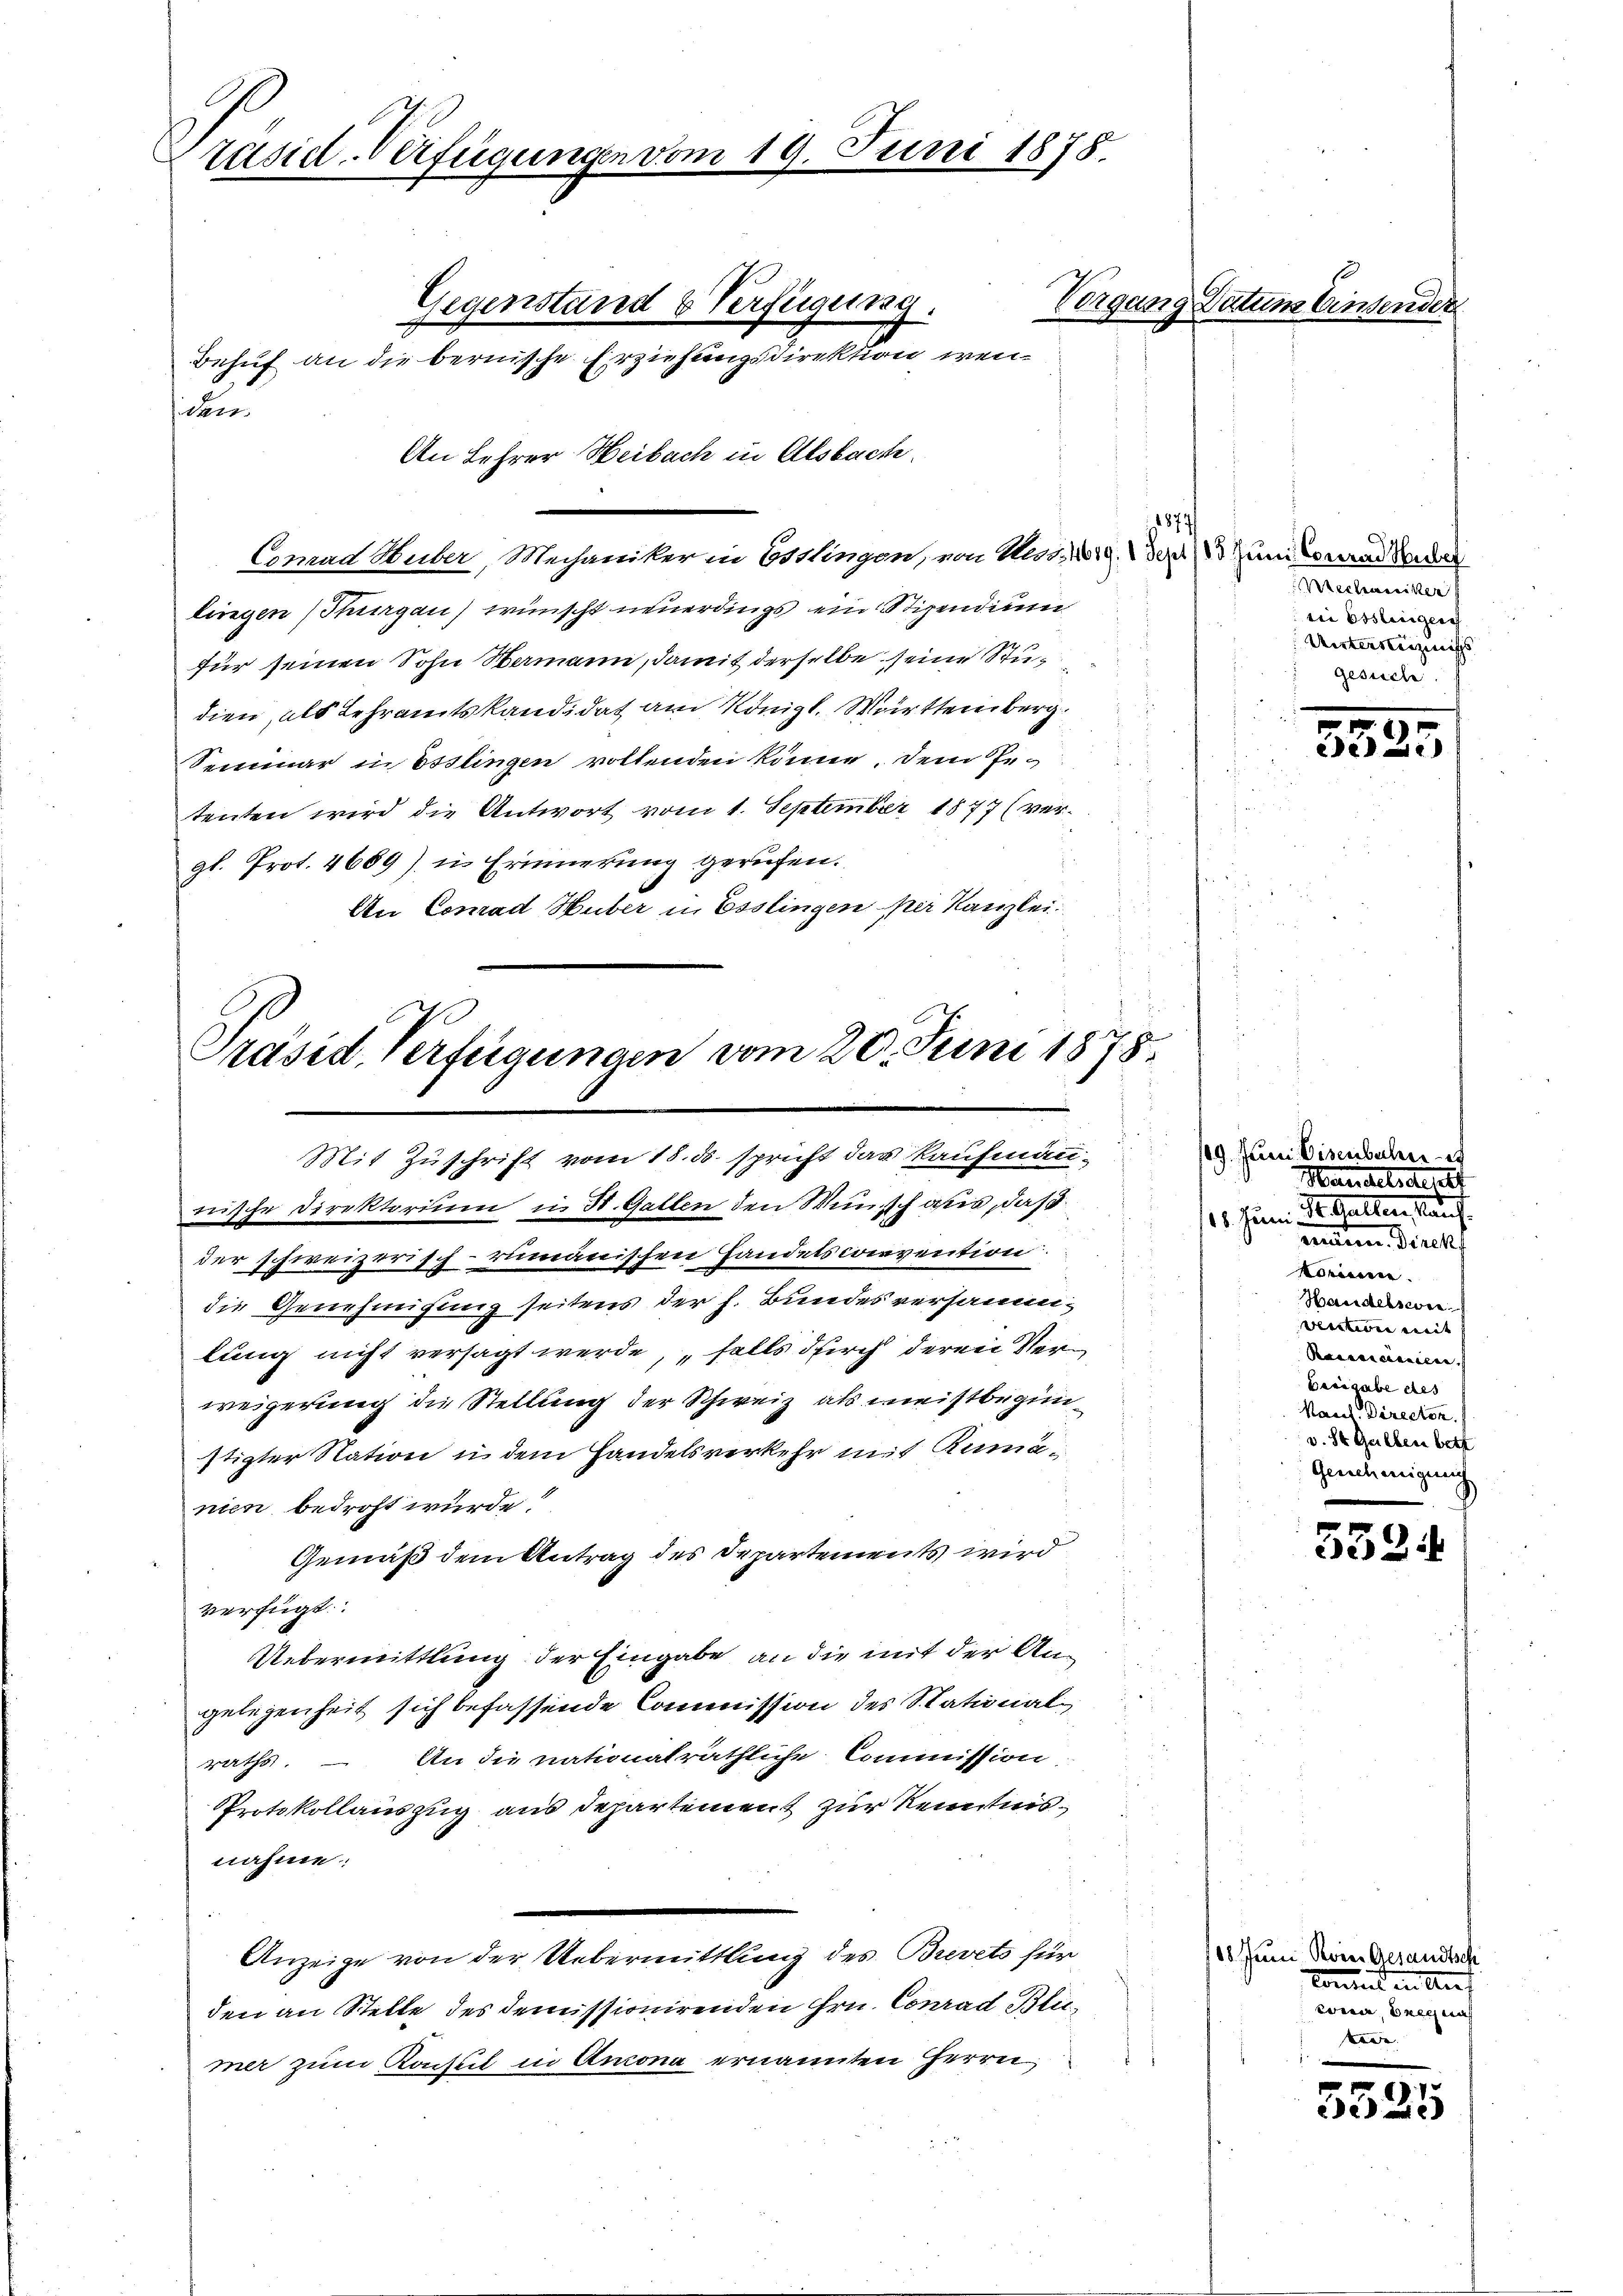
räsid-Verfügungen vom 19. Juni 1878

Behuf an die bernische Erziehungsdirektion wen¬
An Lehrer Weibach in Alsbach.
5
Conrad Huber, Mechaniker in Esslingen, von Mess. 119. der Juni donand der
lingen (Thurgau) wünscht neuerdings ein Stipendium
für seinen Sohn Hermann, damit derselbe seine Stundien, als Lehramtskandidat am Königl. Württemberg.
Seminar in Esslingen vollenden könne, dem Petenten wird die Antwort vom 1. September 1877 (ver-
gl. Prot. 4669) in Erinnerung gerufen.
An Conrad Huber in Esslingen per Kanzlei

de

Gegenstand & Verfügung.

r
Präsid. Verfügungen vom 20. Juni 1878.

Mit Zuschrift vom 15. ds. spricht das Kaufmänn-

nische Direktorium i. St. Gatten den Wünsch aus, daß
der schweizerisch-rumänischen Handelsconvention
die Genehmigung seitens der h. Bundes versammlung nicht versagt werde, „falls durch deren Verweigerung die Stellung der Schweiz als meistbeginnstigter Nation u. dem Handelsverkehr mit Kammänien bedroht wurde?
Gemäß dem Antrag des Departements wird
verfügt:
Uebermittlung der Eingabe an die mit der Angelegenheit sich befassende Commission des Stationalraths. – An die nationalräthliche Commission
Protokollauszug aus Departement zur Kenntnisnahme
Anzeige von der Uebermittlung des Brevets für
den an Stelle des demissionirenden Hrn. Conrad Blicmer zum Konsul in Ancona ernannten Herrn

Vorgang Datum Einsender

¬
Reclameriken
vii Esslinigen
Unterrenzungs
gesuche

325

/19. Juni Eisenbahre e
Mandelsden
115. Juni St. Gatten, Kauf
eindem Direk
Korinnen.
Handelswei
ventione weit |
Raesencienten.
Beigabe des
Kaul Director.
v. St. Geilben bett
Genehmigung
.

5334

118. Juni Roie Gesandtsch
koment in Auf
cona, Breg nach
sere |